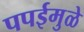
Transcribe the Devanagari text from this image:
पपईमुळे